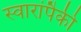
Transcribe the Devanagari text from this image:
स्वारांपैकी